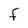
Character: F